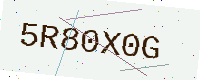
Text: 5R80X0G